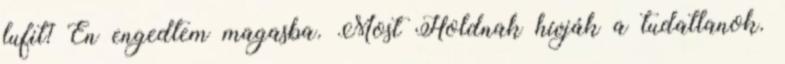
lufit? Én engedtem magasba. Most Holdnak hívják a tudatlanok.